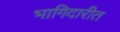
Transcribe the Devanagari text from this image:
भागिदारीत